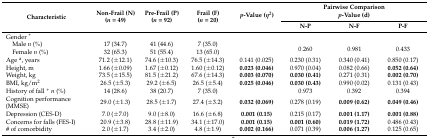
<table><thead><tr><td rowspan="2"><b>Characteristic</b></td><td rowspan="2"><b>Non-Frail (N)(<i>n</i> = 49)</b></td><td rowspan="2"><b>Pre-Frail (P)(<i>n</i> = 92)</b></td><td rowspan="2"><b>Frail (F)(<i>n</i> = 20)</b></td><td rowspan="2"><b><i>p</i>-Value (<i>η<sup>2</sup></i>)</b></td><td colspan="3"><b>Pairwise Comparison <i>p</i>-Value (d)</b></td></tr><tr><td><b>N-P</b></td><td><b>N-F</b></td><td><b>P-F</b></td></tr></thead><tbody><tr><td>Gender <sup>+</sup></td><td></td><td></td><td></td><td></td><td colspan="3"></td></tr><tr><td>Male <i>n</i> (%)</td><td>17 (34.7)</td><td>41 (44.6)</td><td>7 (35.0)</td><td></td><td rowspan="2">0.260</td><td rowspan="2">0.981</td><td rowspan="2">0.433</td></tr><tr><td>Female <i>n</i> (%)</td><td>32 (65.3)</td><td>51 (55.4)</td><td>13 (65.0)</td><td></td></tr><tr><td>Age <sup>a</sup>, years</td><td>71.2 (±12.1)</td><td>74.6 (±10.3)</td><td>76.5 (±14.3)</td><td>0.141 (0.025)</td><td>0.230 (0.31)</td><td>0.340 (0.41)</td><td>0.850 (0.17)</td></tr><tr><td>Height, m</td><td>1.66 (±0.09)</td><td>1.67 (±0.12)</td><td>1.60 (±0.12)</td><td><b>0.023 (0.046)</b></td><td>0.970 (0.04)</td><td>0.082 (0.66)</td><td><b>0.052 (0.64)</b></td></tr><tr><td>Weight, kg</td><td>73.5 (±15.5)</td><td>81.5 (±21.2)</td><td>67.6 (±14.3)</td><td><b>0.003 (0.070)</b></td><td><b>0.030 (0.41)</b></td><td>0.271 (0.31)</td><td><b>0.002 (0.70)</b></td></tr><tr><td>BMI, kg/m<sup>2</sup></td><td>26.5 (±5.3)</td><td>29.2 (±6.5)</td><td>26.5 (±5.4)</td><td><b>0.025 (0.046)</b></td><td><b>0.030 (0.43)</b></td><td>0.990 (0.02)</td><td>0.131 (0.43)</td></tr><tr><td>History of fall <sup>+</sup><i>n</i> (%)</td><td>14 (28.6)</td><td>38 (20.7)</td><td>7 (35.0)</td><td></td><td>0.973</td><td>0.392</td><td>0.394</td></tr><tr><td>Cognition performance (MMSE)</td><td>29.0 (±1.3)</td><td>28.5 (±1.7)</td><td>27.4 (±3.2)</td><td><b>0.032 (0.069)</b></td><td>0.278 (0.19)</td><td><b>0.009 (0.62)</b></td><td><b>0.049 (0.46)</b></td></tr><tr><td>Depression (CES-D)</td><td>7.0 (±7.0)</td><td>9.0 (±8.0)</td><td>16.6 (±6.8)</td><td><b>0.001 (0.15)</b></td><td>0.215 (0.17)</td><td><b>0.001 (1.17)</b></td><td><b>0.001 (0.88)</b></td></tr><tr><td>Concerns for falls (FES-I)</td><td>20.9 (±3.8)</td><td>28.8 (±11.9)</td><td>34.1 (±17.0)</td><td><b>0.001 (0.15)</b></td><td><b>0.001 (0.60)</b></td><td><b>0.019 (1.72)</b></td><td>0.486 (0.43)</td></tr><tr><td># of comorbidity</td><td>2.0 (±1.7)</td><td>3.4 (±2.0)</td><td>4.8 (±1.9)</td><td><b>0.002 (0.166)</b></td><td>0.071 (0.39)</td><td><b>0.006 (1.27)</b></td><td>0.125 (0.65)</td></tr></tbody></table>